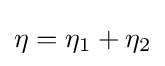
\eta =\eta _{1}+\eta _{2}